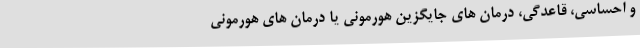
و احساسی، قاعدگی، درمان های جایگزین هورمونی یا درمان های هورمونی